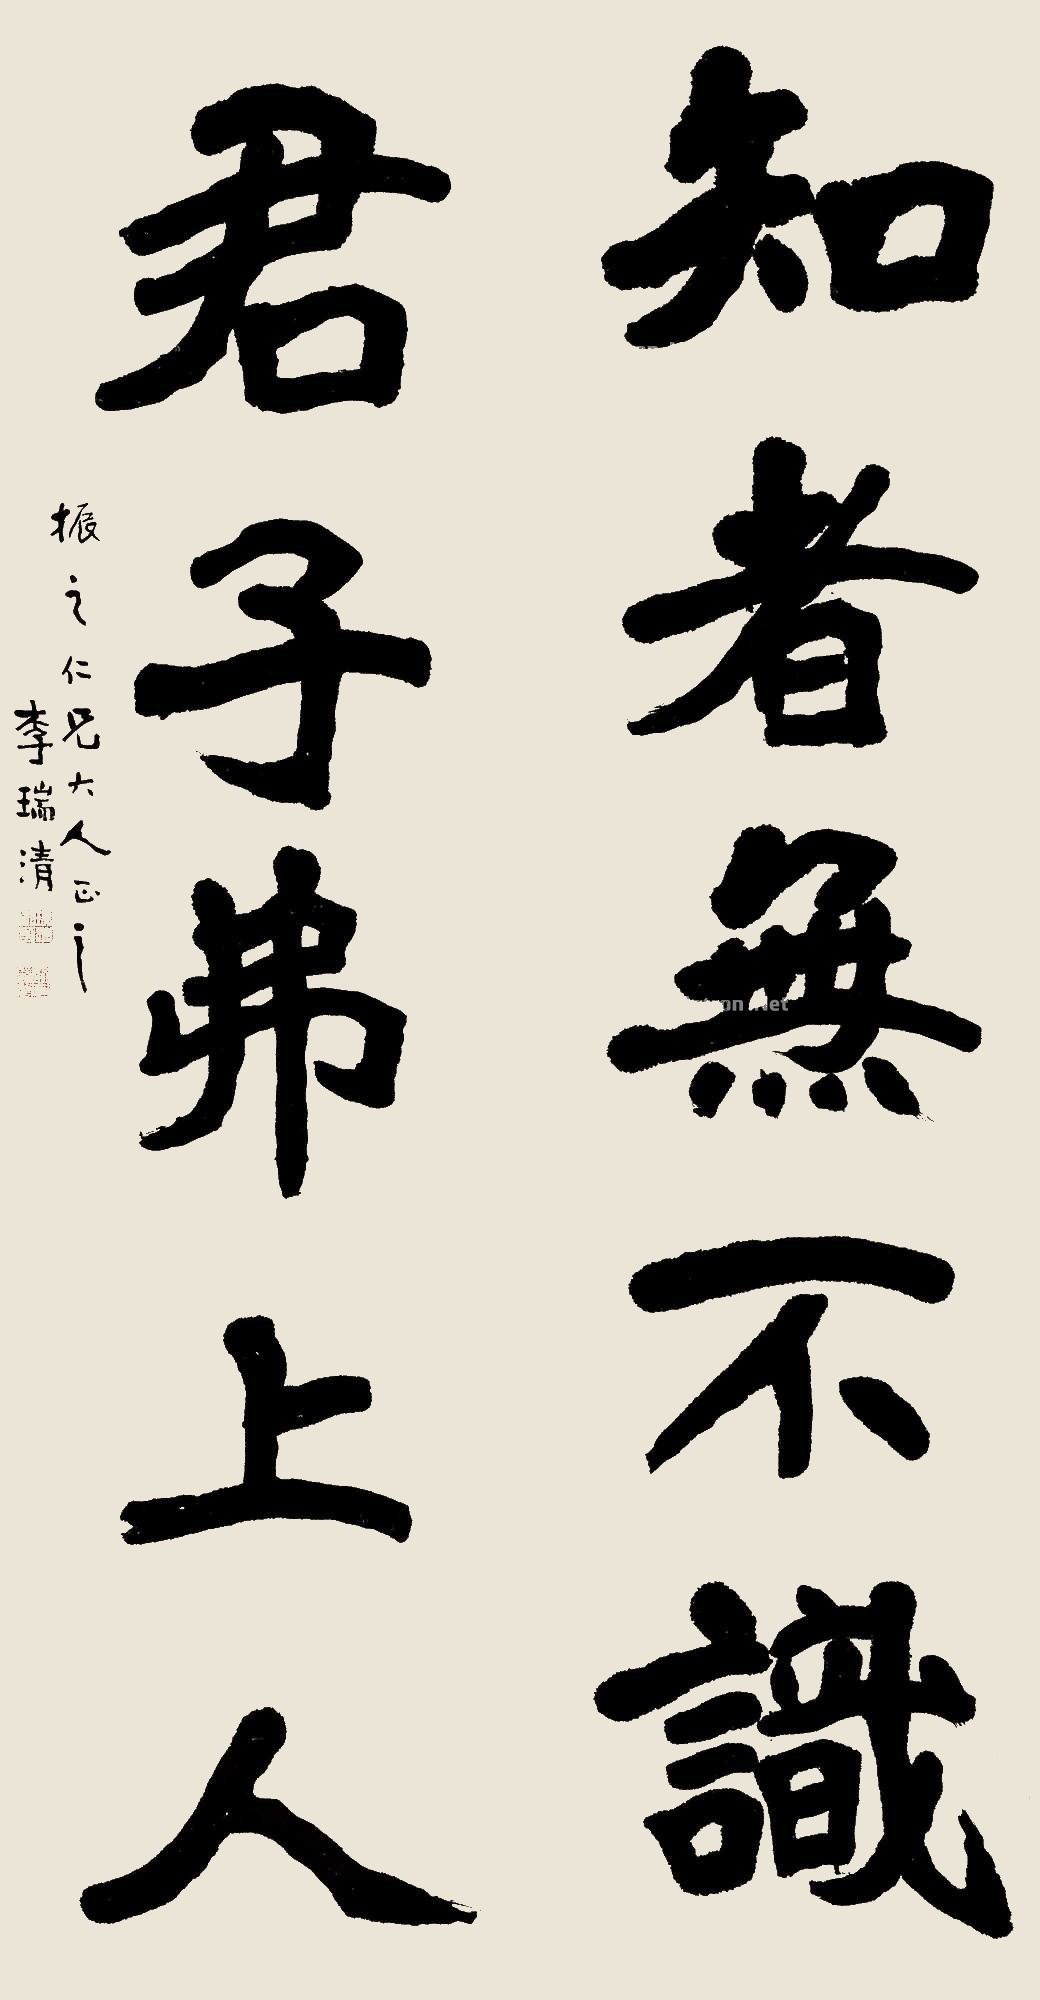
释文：知者无不识，君子弗上人。振之仁兄大人正之，李瑞清。